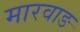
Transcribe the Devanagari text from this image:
मारवाङ